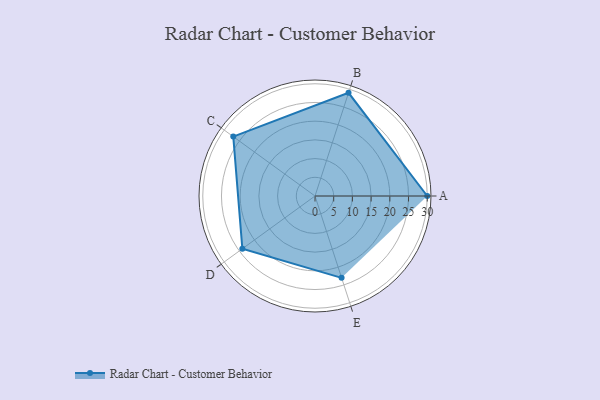
{"axis": {"x": "Skill", "y": "Score"}, "legend": ["Profile"], "data": [{"x": "A", "y": 30.0, "type": "Profile"}, {"x": "B", "y": 29.0, "type": "Profile"}, {"x": "C", "y": 27.0, "type": "Profile"}, {"x": "D", "y": 24.0, "type": "Profile"}, {"x": "E", "y": 23.0, "type": "Profile"}]}